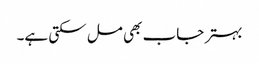
بہتر جاب بھی مل سکتی ہے۔